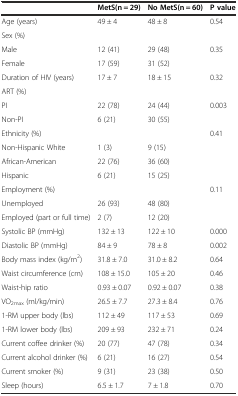
<table><thead><tr><td></td><td><b>MetS(n = 29)</b></td><td><b>No MetS(n = 60)</b></td><td><b>P value</b></td></tr></thead><tbody><tr><td>Age (years)</td><td>49 ± 4</td><td>48 ± 8</td><td>0.54</td></tr><tr><td>Sex (%)</td><td></td><td></td><td></td></tr><tr><td>Male</td><td>12 (41)</td><td>29 (48)</td><td>0.35</td></tr><tr><td>Female</td><td>17 (59)</td><td>31 (52)</td><td></td></tr><tr><td>Duration of HIV (years)</td><td>17 ± 7</td><td>18 ± 15</td><td>0.32</td></tr><tr><td>ART (%)</td><td></td><td></td><td></td></tr><tr><td>PI</td><td>22 (78)</td><td>24 (44)</td><td>0.003</td></tr><tr><td>Non-PI</td><td>6 (21)</td><td>30 (55)</td><td></td></tr><tr><td>Ethnicity (%)</td><td></td><td></td><td>0.41</td></tr><tr><td>Non-Hispanic White</td><td>1 (3)</td><td>9 (15)</td><td></td></tr><tr><td>African-American</td><td>22 (76)</td><td>36 (60)</td><td></td></tr><tr><td>Hispanic</td><td>6 (21)</td><td>15 (25)</td><td></td></tr><tr><td>Employment (%)</td><td></td><td></td><td>0.11</td></tr><tr><td>Unemployed</td><td>26 (93)</td><td>48 (80)</td><td></td></tr><tr><td>Employed (part or full time)</td><td>2 (7)</td><td>12 (20)</td><td></td></tr><tr><td>Systolic BP (mmHg)</td><td>132 ± 13</td><td>122 ± 10</td><td>0.000</td></tr><tr><td>Diastolic BP (mmHg)</td><td>84 ± 9</td><td>78 ± 8</td><td>0.002</td></tr><tr><td>Body mass index (kg/m<sup>2</sup>)</td><td>31.8 ± 7.0</td><td>31.0 ± 8.2</td><td>0.64</td></tr><tr><td>Waist circumference (cm)</td><td>108 ± 15.0</td><td>105 ± 20</td><td>0.46</td></tr><tr><td>Waist-hip ratio</td><td>0.93 ± 0.07</td><td>0.92 ± 0.07</td><td>0.38</td></tr><tr><td>VO<sub>2max</sub> (ml/kg/min)</td><td>26.5 ± 7.7</td><td>27.3 ± 8.4</td><td>0.76</td></tr><tr><td>1-RM upper body (lbs)</td><td>112 ± 49</td><td>117 ± 53</td><td>0.69</td></tr><tr><td>1-RM lower body (lbs)</td><td>209 ± 93</td><td>232 ± 71</td><td>0.24</td></tr><tr><td>Current coffee drinker (%)</td><td>20 (77)</td><td>47 (78)</td><td>0.34</td></tr><tr><td>Current alcohol drinker (%)</td><td>6 (21)</td><td>16 (27)</td><td>0.54</td></tr><tr><td>Current smoker (%)</td><td>9 (31)</td><td>23 (38)</td><td>0.50</td></tr><tr><td>Sleep (hours)</td><td>6.5 ± 1.7</td><td>7 ± 1.8</td><td>0.70</td></tr></tbody></table>